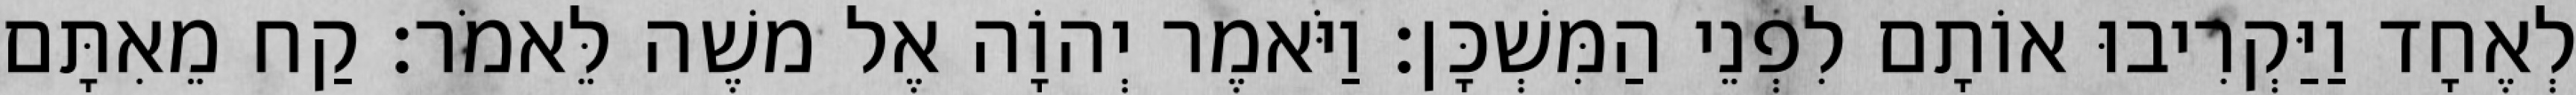
לְאֶחָד וַיַּקְרִיבוּ אוֹתָם לִפְנֵי הַמִּשְׁכָּן׃ וַיֹּאמֶר יְהוָֹה אֶל משֶׁה לֵּאמֹר׃ קַח מֵאִתָּם